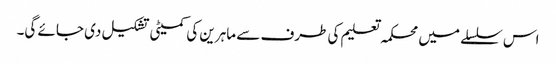
اس سلسلے میں محکمہ تعلیم کی طرف سے ماہرین کی کمیٹی تشکیل دی جائے گی۔